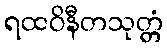
ရထဝိနီတသုတ္တံ